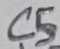
Text: C5